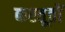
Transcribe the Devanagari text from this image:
करतूतोें